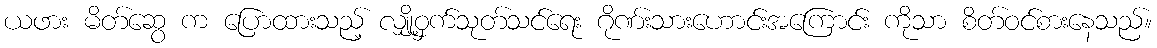
ယဖား မိတ်ဆွေ က ပြောထားသည့် လျှို့ဝှက်သုတ်သင်ရေး ဂိုဏ်းသားဟောင်းအကြောင်း ကိုသာ စိတ်ဝင်စားနေသည်။